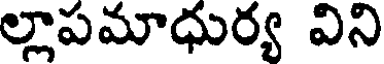
ల్లాపమాధుర్య విని